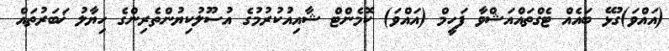
(އައްވަ)ގުޅޭ ބައެއް ޓެގްތައްއަޝްވާ ފަހީމް (އައްވަ) ކޮމެންޓް ޝާއިއުކުރުމުގެ އުސޫލުކިޔުންތެރިންގެ ހިޔާލު ޚަބަރުތައް